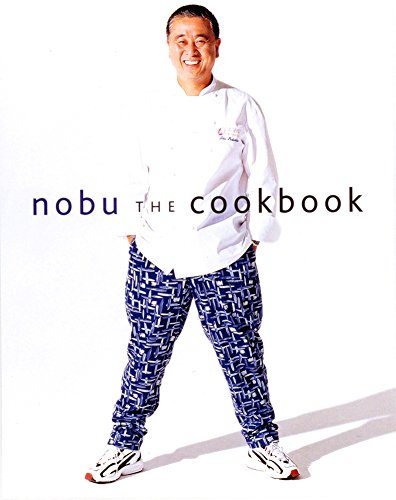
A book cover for Nobu: The Cookbook; Nobuyuki Matsuhisa; Cookbooks, Food & Wine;